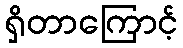
ရှိတာကြောင့်